Lunatic asylums in Bengal annual reports 1899-1911 - 1899-1911
Year: 1899
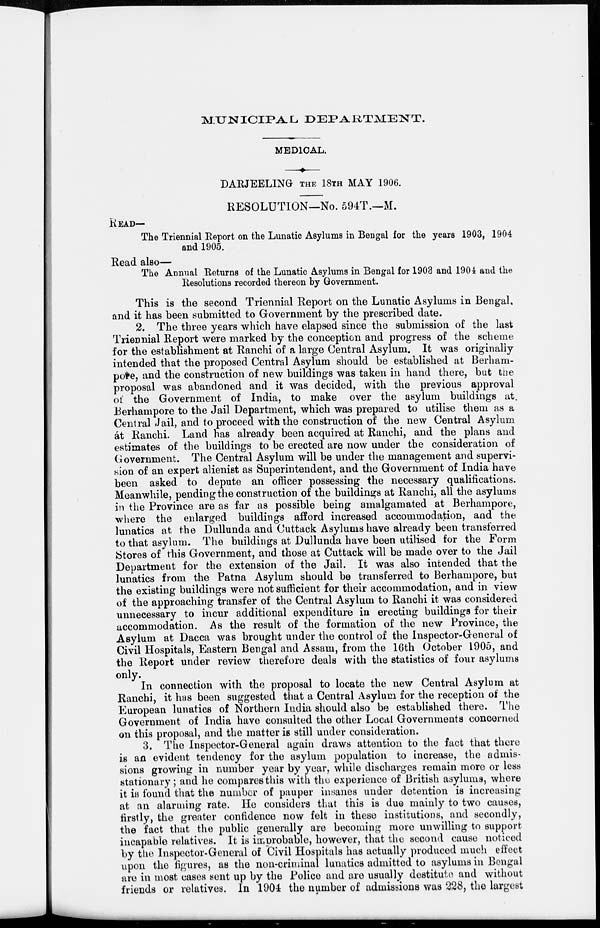
MUNICIPAL DEPARTMENT.
MEDICAL.
DARJEELING THE 18TH MAY 1906.
RESOLUTION—No. 594T.—M.
READ—
The Triennial Report on the Lunatic Asylums in Bengal for the years 1903, 1904
and 1905.
Read also—
The Annual Returns of the Lunatic Asylums in Bengal for 1903 and 1904 and the
Resolutions recorded thereon by Government.
This is the second Triennial Report on the Lunatic Asylums in Bengal,
and it has been submitted to Government by the prescribed date.
2. The three years which have elapsed since the submission of the last
Triennial Report were marked by the conception and progress of the scheme
for the establishment at Ranchi of a large Central Asylum. It was originally
intended that the proposed Central Asylum should be established at Berham-
pore, and the construction of new buildings was taken in hand there, but the
proposal was abandoned and it was decided, with the previous approval
of the Government of India, to make over the asylum buildings at
Berhampore to the Jail Department, which was prepared to utilise them as a
Central Jail, and to proceed with the construction of the new Central Asylum
at Ranchi. Land has already been acquired at Ranchi, and the plans and
estimates of the buildings to be erected are now under the consideration of
Government. The Central Asylum will be under the management and supervi-
sion of an expert alienist as Superintendent, and the Government of India have
been asked to depute an officer possessing the necessary qualifications.
Meanwhile, pending the construction of the buildings at Ranchi, all the asylums
in the Province are as far as possible being amalgamated at Berhampore,
where the enlarged buildings afford increased accommodation, and the
lunatics at the Dullunda and Cuttack Asylums have already been transferred
to that asylum. The buildings at Dullunda have been utilised for the Form
Stores of this Government, and those at Cuttack will be made over to the Jail
Department for the extension of the Jail. It was also intended that the
lunatics from the Patna Asylum should be transferred to Berhampore, but
the existing buildings were not sufficient for their accommodation, and in view
of the approaching transfer of the Central Asylum to Ranchi it was considered
unnecessary to incur additional expenditure in erecting buildings for their
accommodation. As the result of the formation of the new Province, the
Asylum at Dacca was brought under the control of the Inspector-General of
Civil Hospitals, Eastern Bengal and Assam, from the 16th October 1905, and
the Report under review therefore deals with the statistics of four asylums
only.
In connection with the proposal to locate the new Central Asylum at
Ranchi, it has been suggested that a Central Asylum for the reception of the
European lunatics of Northern India should also be established there. The
Government of India have consulted the other Local Governments concerned
on this proposal, and the matter is still under consideration.
3. The Inspector-General again draws attention to the fact that there
is an evident tendency for the asylum population to increase, the admis-
sions growing in number year by year, while discharges remain more or less
stationary; and he compares this with the experience of British asylums, where
it is found that the number of pauper insanes under detention is increasing
at an alarming rate. He considers that this is due mainly to two causes,
firstly, the greater confidence now felt in these institutions, and secondly,
the fact that the public generally are becoming more unwilling to support
incapable relatives. It is improbable, however, that the second cause noticed
by the Inspector-General of Civil Hospitals has actually produced much effect
upon the figures, as the non-criminal lunatics admitted to asylums in Bengal
are in most cases sent up by the Police and are usually destitute and without
friends or relatives. In 1904 the number of admissions was 228, the largest